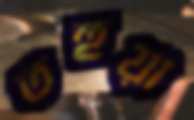
তহুয়া